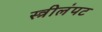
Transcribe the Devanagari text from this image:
स्त्रीलंपट